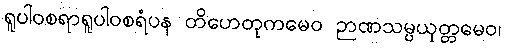
ရူပါဝစရာရူပါဝစရံပန တိဟေတုကမေဝ ဉာဏသမ္ပယုတ္တမေဝ၊